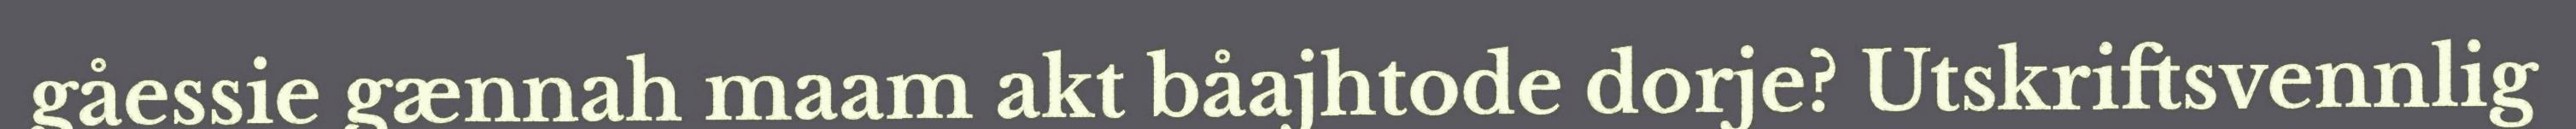
gåessie gænnah maam akt båajhtode dorje? Utskriftsvennlig